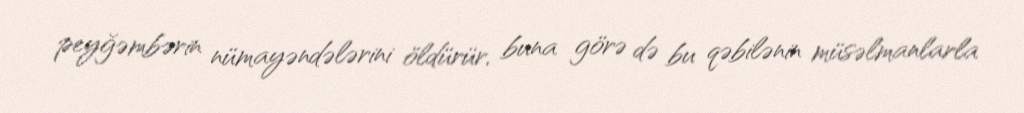
peyğəmbərin nümayəndələrini öldürür, buna görə də bu qəbilənin müsəlmanlarla